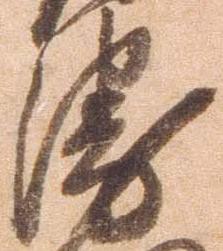
衛